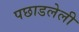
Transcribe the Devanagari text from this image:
पछाडलेली